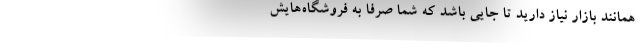
همانند بازار نیاز دارید تا جایی باشد که شما صرفاً به فروشگاه‌هایش